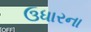
ઉધારના